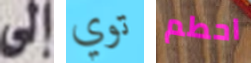
إلى توي احطم